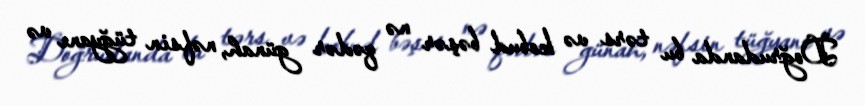
Doğrudanda bu tərs və kobud bəşər nə qədər günah, nəfsin tüğyanı və